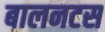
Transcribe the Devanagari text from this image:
बालनटस